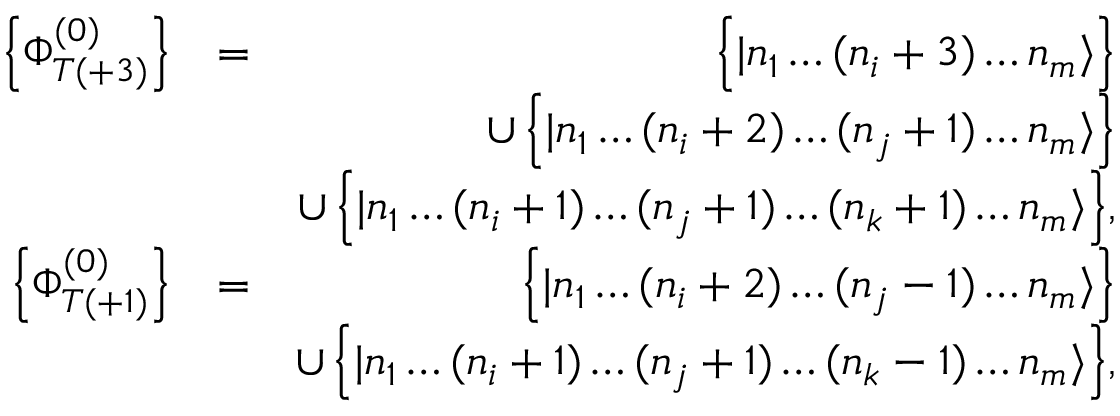
\begin{array} { r l r } { \left\{ \Phi _ { T ( + 3 ) } ^ { ( 0 ) } \right\} } & { = } & { \Big \{ | n _ { 1 } \dots ( n _ { i } + 3 ) \dots n _ { m } \rangle \Big \} } \\ & { } & { \cup \, \Big \{ | n _ { 1 } \dots ( n _ { i } + 2 ) \dots ( n _ { j } + 1 ) \dots n _ { m } \rangle \Big \} } \\ & { } & { \cup \, \Big \{ | n _ { 1 } \dots ( n _ { i } + 1 ) \dots ( n _ { j } + 1 ) \dots ( n _ { k } + 1 ) \dots n _ { m } \rangle \Big \} , } \\ { \left\{ \Phi _ { T ( + 1 ) } ^ { ( 0 ) } \right\} } & { = } & { \Big \{ | n _ { 1 } \dots ( n _ { i } + 2 ) \dots ( n _ { j } - 1 ) \dots n _ { m } \rangle \Big \} } \\ & { } & { \cup \, \Big \{ | n _ { 1 } \dots ( n _ { i } + 1 ) \dots ( n _ { j } + 1 ) \dots ( n _ { k } - 1 ) \dots n _ { m } \rangle \Big \} , } \end{array}